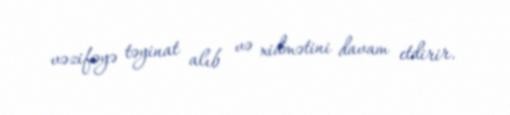
vəzifəyə təyinat alıb və xidmətini davam etdirir.